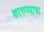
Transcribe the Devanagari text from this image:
कारुण्याचा